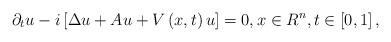
LaTeX: \begin{align*}\partial _{t}u-i\left[ \Delta u+Au+V\left( x,t\right) u\right] =0,x\in R^{n},t\in \left[ 0,1\right] , \end{align*}